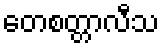
တေစတ္တာလီသ